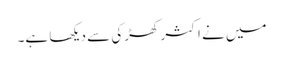
میں نے اکثر کھڑکی سے دیکھا ہے۔